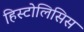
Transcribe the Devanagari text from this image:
हिस्टोलिसिस